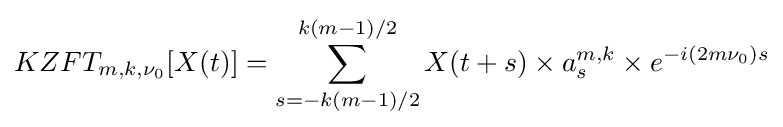
KZFT_{m,k,\nu _{0}}[X(t)]=\sum _{s=-k(m-1)/2}^{k(m-1)/2}{X(t+s)\times {a_{s}^{m,k}\times {e^{-i(2m\nu _{0})s}}}}